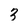
Character: 3